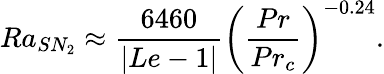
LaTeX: Ra_{SN_{2}}\approx\frac{6460}{|Le-1|}\left(\frac{Pr}{Pr_{c}}\right)^{-0.24}.